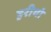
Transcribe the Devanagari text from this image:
हरीयो